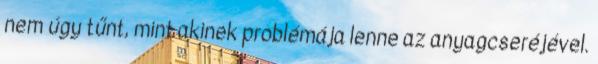
nem úgy tűnt, mint akinek problémája lenne az anyagcseréjével.